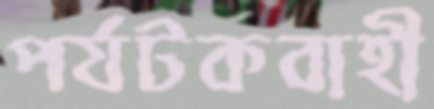
পর্যটকবাহী